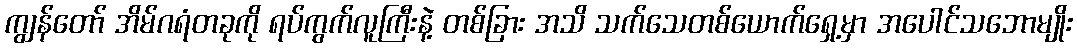
ကျွန်တော် အိမ်ဂရံတခုကို ရပ်ကွက်လူကြီးနဲ့ တစ်ခြား အသိ သက်သေတစ်ယောက်ရှေ့မှာ အပေါင်သဘောမျိုး